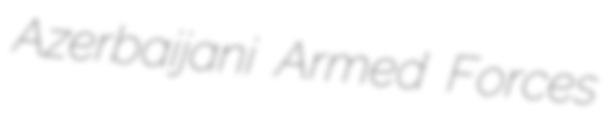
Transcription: Azerbaijani Armed Forces